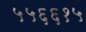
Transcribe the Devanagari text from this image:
५५६६१५